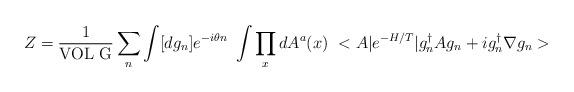
LaTeX: \begin{align*}Z= \frac{1}{{\rm VOL~ G}}\sum_n\int [dg_n]e^{-i\theta n}~\int\prod_xdA^a(x)~<A\vert e^{-H/T}\vert g^{\dagger}_nAg_n+ig_n^{\dagger}\nabla g_n>\end{align*}